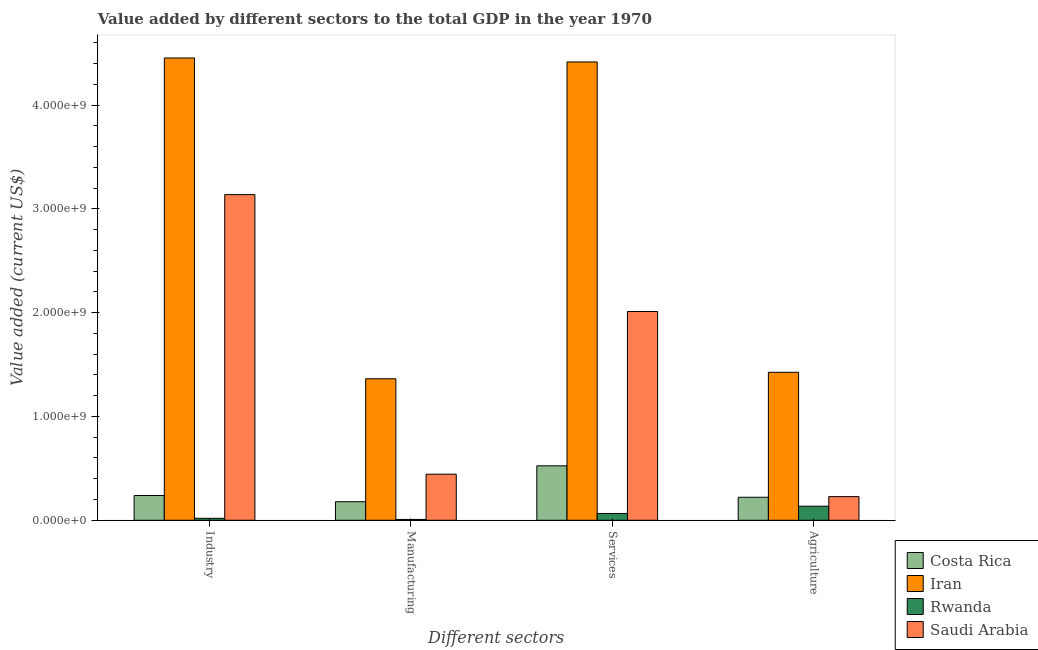
| Different sectors | Costa Rica | Iran | Rwanda | Saudi Arabia |
 | --- | --- | --- | --- | --- |
 | Industry | 2.38e+08 | 4.45e+09 | 1.89e+07 | 3.14e+09 |
 | Manufacturing | 1.79e+08 | 1.36e+09 | 7.9e+06 | 4.44e+08 |
 | Services | 5.25e+08 | 4.42e+09 | 6.55e+07 | 2.01e+09 |
 | Agriculture | 2.22e+08 | 1.43e+09 | 1.36e+08 | 2.28e+08 |